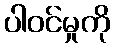
ပါဝင်မှုကို